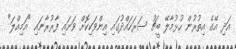
އަދި އޭގެ އިތުރުން ހުޅުމާލޭ ބީޗު ސަރަހައްދުގައި އިންވަކިކޮށް ވަށައި ފާރުރާނައި "އަމިއްލަ"